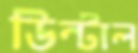
ডিন্টাল